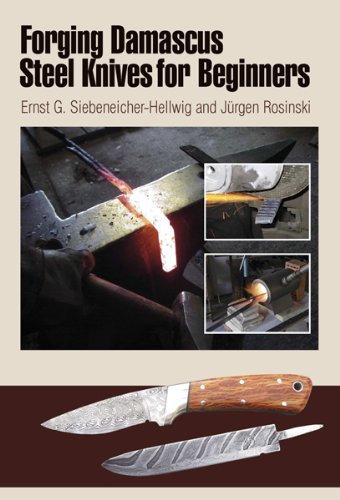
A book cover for Forging Damascus Steel Knives for Beginners; Ernst G. Siebeneicher-Hellwig; Crafts, Hobbies & Home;